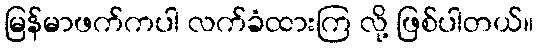
မြန်မာဖက်ကပါ လက်ခံထားကြ လို့ ဖြစ်ပါတယ်။